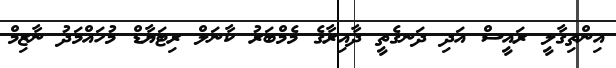
އިންތިގާލީ ރައީސް އަދި ދަނގެތީ ދާއިރާގެ މެމްބަރު ކާނަލް ރިޓަޔާޑް މުހައްމަދު ނާޒިމް